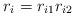
LaTeX: \begin{align*}r_i=r_{i1}r_{i2}\end{align*}